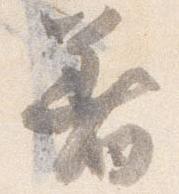
着